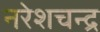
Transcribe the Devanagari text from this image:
नरेशचन्द्र